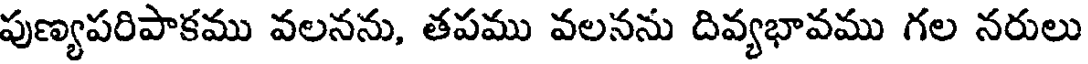
పుణ్యపరిపాకము వలనను, తపము వలనను దివ్యభావము గల నరులు